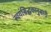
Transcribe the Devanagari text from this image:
स्वयंसिद्धकानुसारी